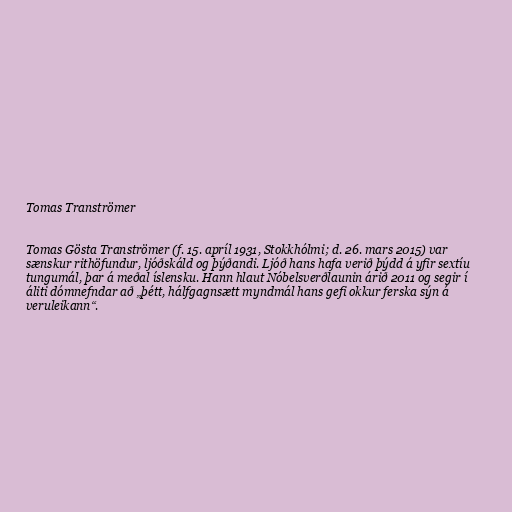
Tomas Tranströmer

Tomas Gösta Tranströmer (f. 15. apríl 1931, Stokkhólmi; d. 26. mars 2015) var
sænskur rithöfundur, ljóðskáld og þýðandi. Ljóð hans hafa verið þýdd á yfir sextíu
tungumál, þar á meðal íslensku. Hann hlaut Nóbelsverðlaunin árið 2011 og segir í
áliti dómnefndar að „þétt, hálfgagnsætt myndmál hans gefi okkur ferska sýn á
veruleikann“.